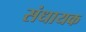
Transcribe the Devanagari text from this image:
संधायक